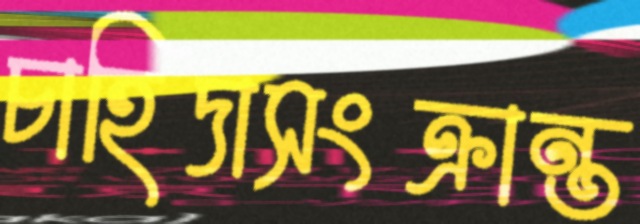
চাহিদাসংক্রান্ত